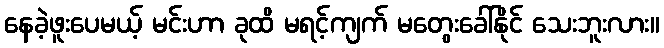
နေခဲ့ဖူးပေမယ့် မင်းဟာ ခုထိ မရင့်ကျက် မတွေးခေါ်နိုင် သေးဘူးလား။